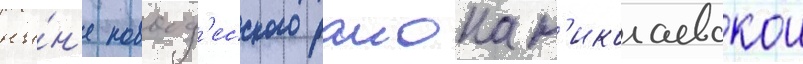
ны́н'е новоод'есского раиона н'иколаевскои